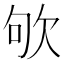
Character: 欨